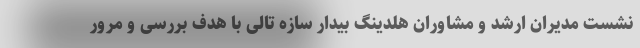
نشست مدیران ارشد و مشاوران هلدینگ بیدار سازه تالی با هدف بررسی و مرور